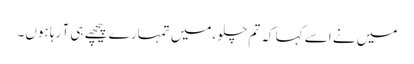
میں نے اسے کہا کہ تم چلو ،میں تمہارے پیچھے ہی آ رہا ہوں۔